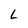
Character: L